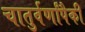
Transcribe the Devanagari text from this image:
चातुर्वर्णांपैकी